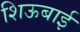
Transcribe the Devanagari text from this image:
शिऊबाई